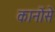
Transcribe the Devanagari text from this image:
कानोंसे